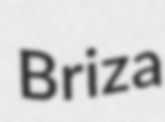
Briza